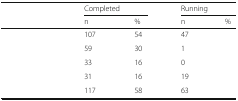
<table><thead><tr><td>[EMPTY_CELL]</td><td colspan="2"><b>Completed</b></td><td colspan="2"><b>Running</b></td></tr><tr><td>[EMPTY_CELL]</td><td><b>n</b></td><td><b>%</b></td><td><b>n</b></td><td><b>%</b></td></tr></thead><tbody><tr><td>[EMPTY_CELL]</td><td>107</td><td>54</td><td>47</td><td>[EMPTY_CELL]</td></tr><tr><td>[EMPTY_CELL]</td><td>59</td><td>30</td><td>1</td><td>[EMPTY_CELL]</td></tr><tr><td>[EMPTY_CELL]</td><td>33</td><td>16</td><td>0</td><td>[EMPTY_CELL]</td></tr><tr><td>[EMPTY_CELL]</td><td>31</td><td>16</td><td>19</td><td>[EMPTY_CELL]</td></tr><tr><td>[EMPTY_CELL]</td><td>117</td><td>58</td><td>63</td><td>[EMPTY_CELL]</td></tr></tbody></table>